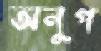
অনুগ